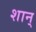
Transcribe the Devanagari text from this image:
शान्